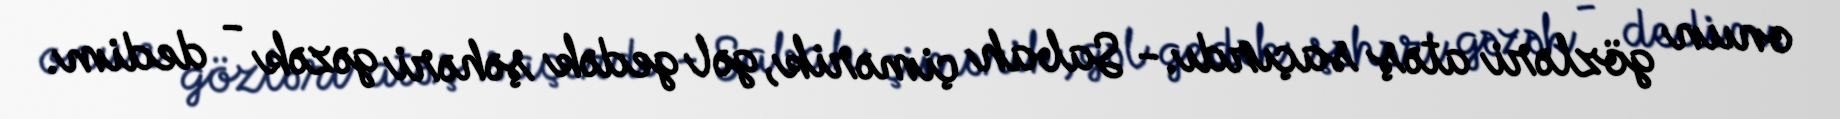
onun gözləri atəş saçırdı.- Sabah çimərik, gəl gedək şəhəri gəzək - dedim.